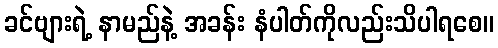
ခင်ဗျားရဲ့ နာမည်နဲ့ အခန်း နံပါတ်ကိုလည်းသိပါရစေ။